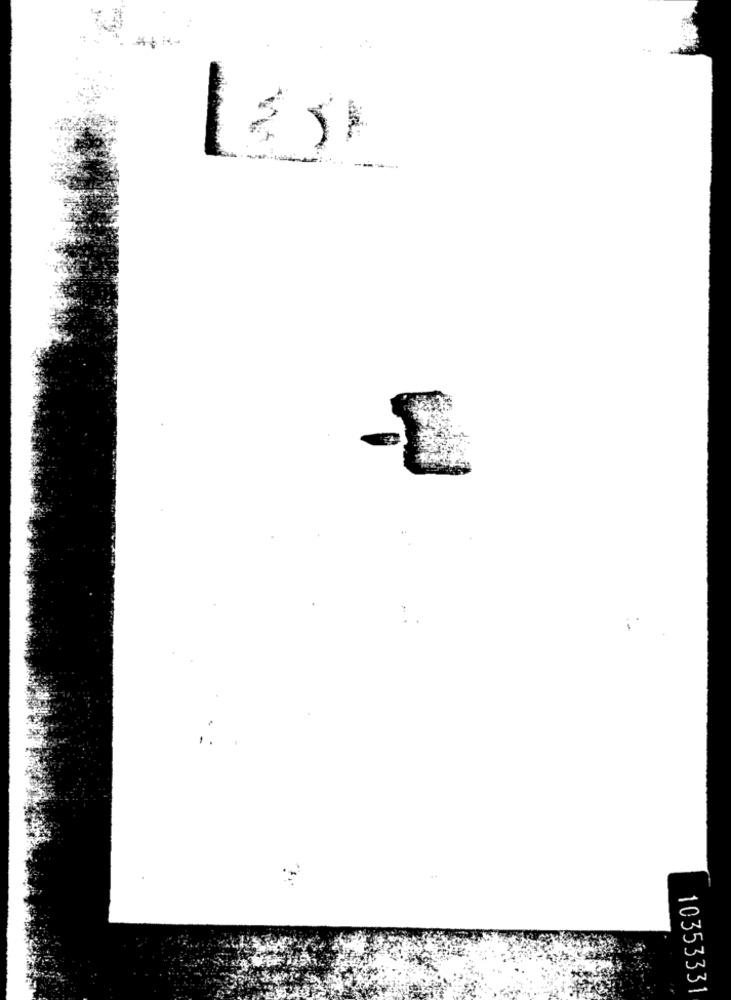
10353331